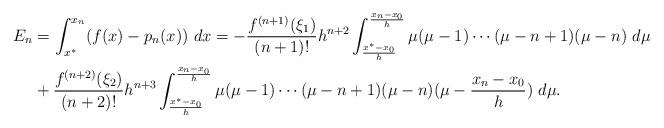
LaTeX: \begin{align*}\begin{aligned}E_n&=\int_{x^*}^{x_n}(f(x)-p_n(x))\ dx=-\frac{f^{(n+1)}(\xi_1)}{(n+1)!}h^{n+2}\int_{\frac{x^*-x_0}{h}}^{\frac{x_n-x_0}{h}}\mu(\mu-1)\cdots(\mu-n+1)(\mu-n)\ d\mu\\&+\frac{f^{(n+2)}(\xi_2)}{(n+2)!}h^{n+3}\int_{\frac{x^*-x_0}{h}}^{\frac{x_n-x_0}{h}} \mu(\mu-1)\cdots(\mu-n+1)(\mu-n)(\mu-\frac{x_n-x_0}{h})\ d\mu.\end{aligned}\end{align*}